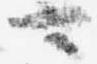
可